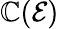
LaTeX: \mathbb{C}(\mathcal{{E}})